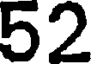
52